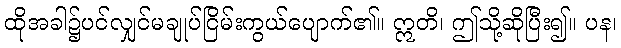
ထိုအခါ၌ပင်လျှင်မချုပ်ငြိမ်းကွယ်ပျောက်၏။ ဣတိ၊ ဤသို့ဆိုပြီး၍။ ပန၊